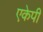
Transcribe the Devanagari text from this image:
एकेपी